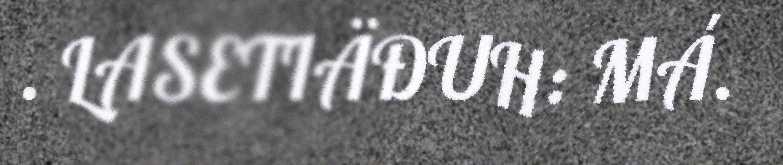
. LASETIÄĐUH: MÁ.